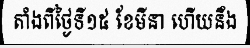
តាំងពីថ្ងៃទី១៥ ខែមីនា ហើយនឹង